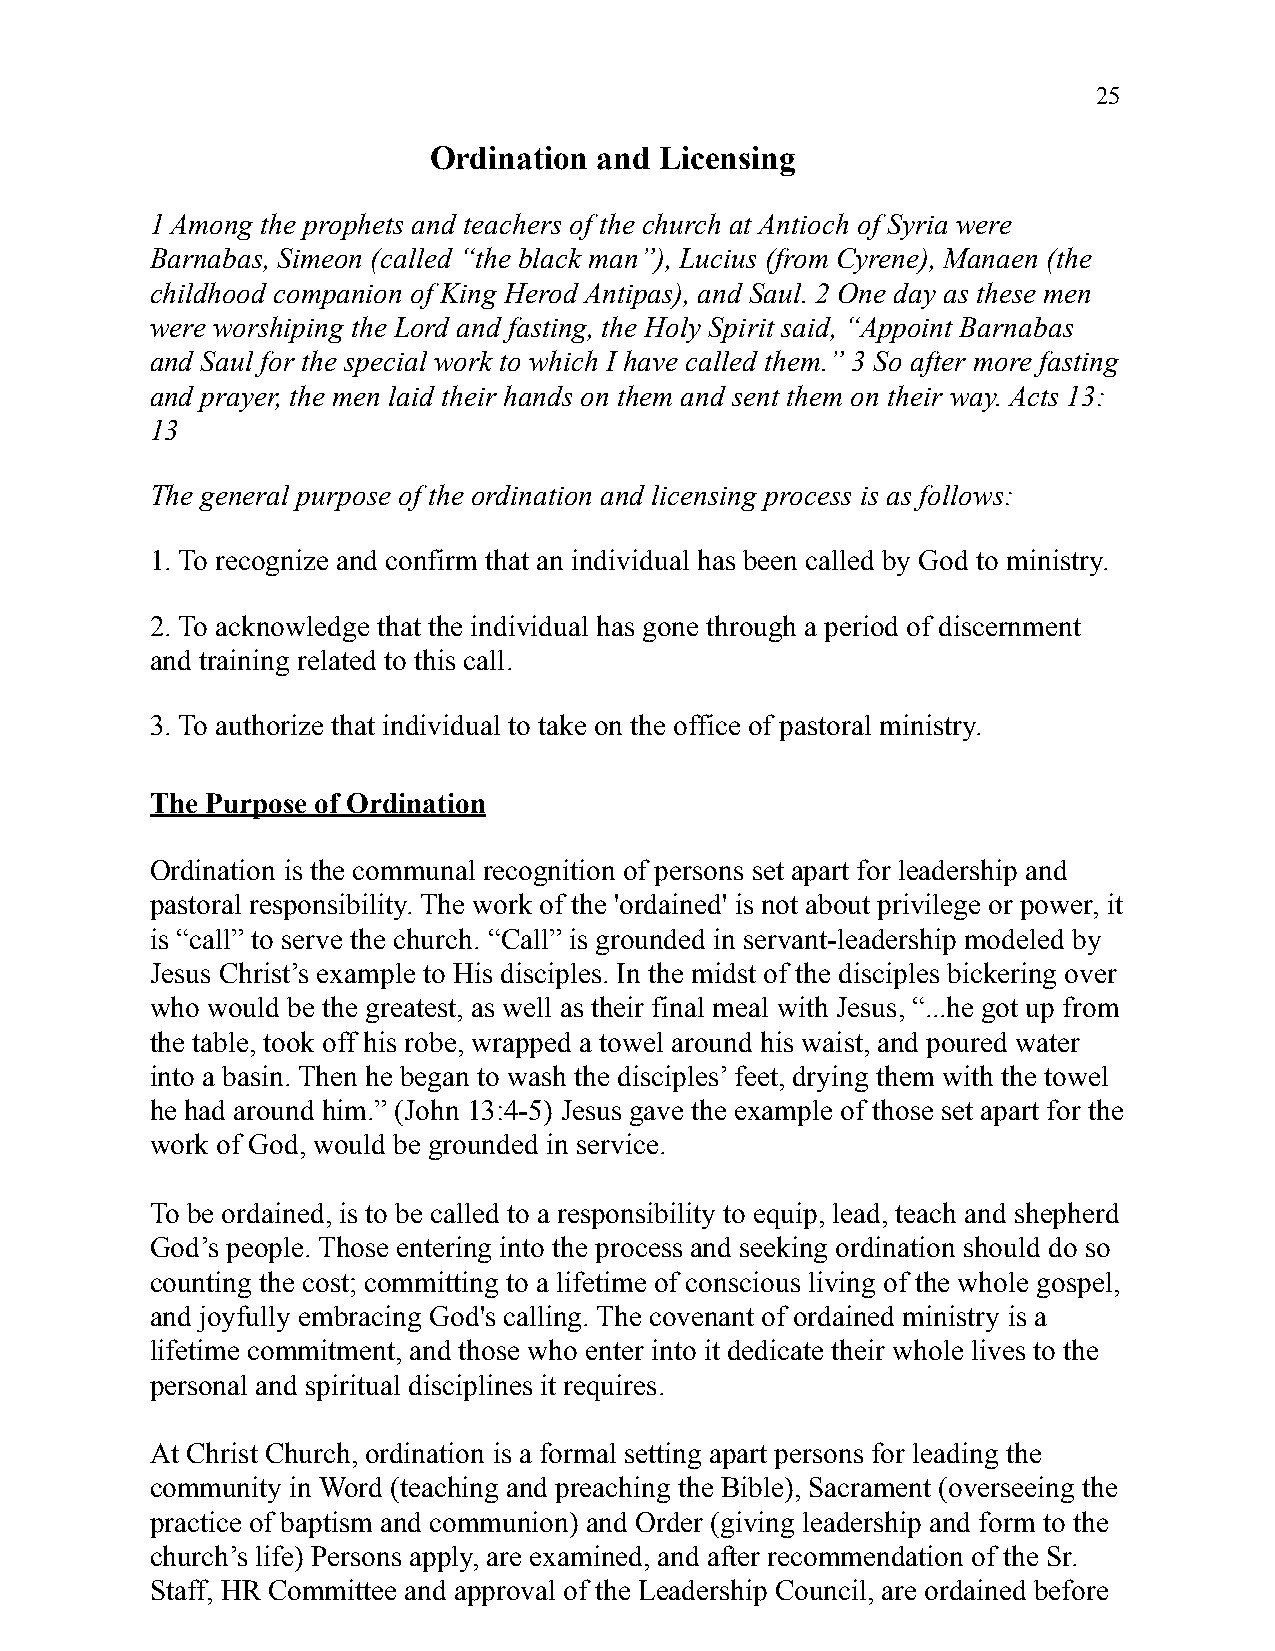
25
 Ordination  and Licensing
 1 Among the prophets and teachers of the church at Antioch of Syria were
 Barnabas, Simeon (called “the black man”), Lucius (from Cyrene), Manaen (the
 childhood companion of King Herod Antipas), and Saul. 2 One day as these men
 were worshiping the Lord and fasting, the Holy Spirit said, “Appoint Barnabas
 and Saul for the special work to which I have called them.” 3 So after more fasting
 and prayer, the men laid their hands on them and sent them on their way. Acts 13:
 13
 The general purpose of the ordination and licensing process is as follows:
 1. To recognize and confirm that an individual has been called by God to ministry.
 2. To acknowledge that the individual has gone through a period of discernment
 and training related to this call.
 3. To authorize that individual to take on the office of pastoral ministry.
 The Purpose of Ordination
 Ordination is the communal recognition of persons set apart for leadership and
 pastoral responsibility. The work of the 'ordained' is not about privilege or power, it
 is “call” to serve the church. “Call” is grounded in servant-leadership modeled by
 Jesus Christ’s example to His disciples. In the midst of the disciples bickering over
 who would be the greatest, as well as their final meal with Jesus, “...he got up from
 the table, took off his robe, wrapped a towel around his waist, and poured water
 into a basin. Then he began to wash the disciples’ feet, drying them with the towel
 he had around him.” (John 13:4-5) Jesus gave the example of those set apart for the
 work of God, would be grounded in service.
 To be ordained, is to be called to a responsibility to equip, lead, teach and shepherd
 God’s people. Those entering into the process and seeking ordination should do so
 counting the cost; committing to a lifetime of conscious living of the whole gospel,
 and joyfully embracing God's calling. The covenant of ordained ministry is a
 lifetime commitment, and those who enter into it dedicate their whole lives to the
 personal and spiritual disciplines it requires.
 At Christ Church, ordination is a formal setting apart persons for leading the
 community in Word (teaching and preaching the Bible), Sacrament (overseeing the
 practice of baptism and communion) and Order (giving leadership and form to the
 church’s life) Persons apply, are examined, and after recommendation of the Sr.
 Staff, HR Committee and approval of the Leadership Council, are ordained before